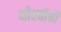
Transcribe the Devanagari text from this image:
थोरवीची